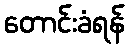
တောင်းခံရန်